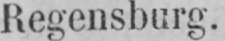
Regensburg.